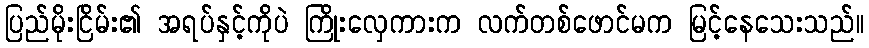
ပြည်မိုးငြိမ်း၏ အရပ်နှင့်ကိုပဲ ကြိုးလှေကားက လက်တစ်ဖောင်မက မြင့်နေသေးသည်။